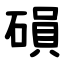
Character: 磒